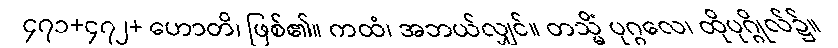
၄၇၁+၄၇၂+ ဟောတိ၊ ဖြစ်၏။ ကထံ၊ အဘယ်လျှင်။ တသ္မိံ ပုဂ္ဂလေ၊ ထိုပုဂ္ဂိုလ်၌။